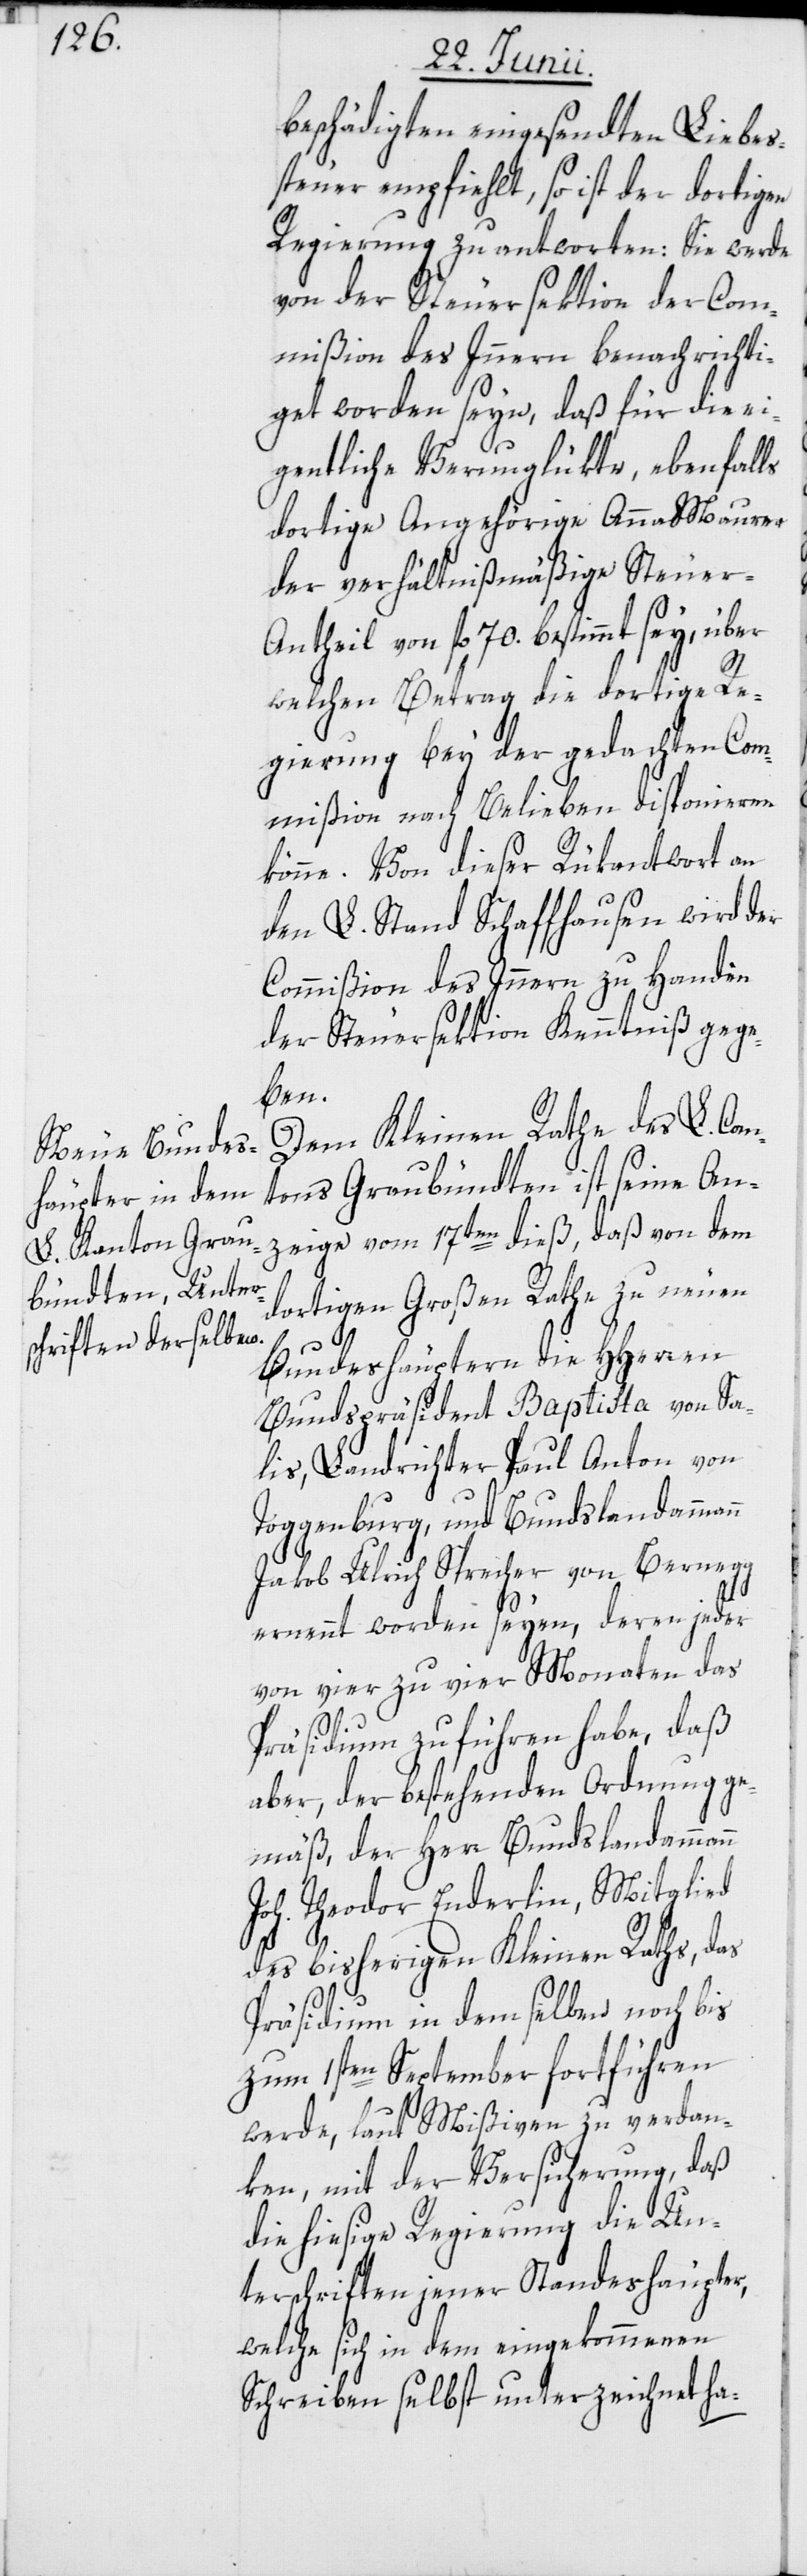
beschädigten eingesandten Liebes¬
steuer empfiehlt, so ist der dortigen
Regierung zu antworten: Sie werde
von der Steuersektion der Com¬
mißion des Innern benachrichti¬
get worden seyn, daß für die ei¬
gentliche Verunglükte, ebenfalls
dortige Angehörige Anna Maurer
der verhältnißmäßige Steuer-A¬
ntheil von fl. 70. bestimmt sey, über
welchen Betrag die dortige Re¬
gierung bey der gedachten Com¬
mißion nach Belieben disponieren
könne. Von dieser Rükantwort an
den L. Stand Schaffhausen wird der
Commißion des Innern zu Handen
der Steuersektion Kenntniß gege¬
ben.
Dem Kleinen Rathe des L. Can¬
tons Graubündten ist seine An¬
zeige vom 17ten dieß, daß von dem
dortigen Großen Rathe zu neuen
n
Bundeshäuptern die HHerren
Bundespräsident Baptista von Sa¬
lis, Landrichter Paul Anton von
Toggenburg, und Bundslandamman¬
Jakob Ulrich Sprecher von Bernegg
ernennt worden seyen, deren jeder
von vier zu vier Monaten das
Präsidium zu führen habe, daß
aber, der bestehenden Ordnung ge¬
mäß, der Herr Bundslandammann
Joh. Theodor Enderlin, Mitglied
des bisherigen Kleinen Raths, das
Präsidium in demselben noch bis
zum 1sten September fortführen
werde, laut Mißiven zu verdan¬
ken, mit der Versicherung, daß
die hiesige Regierung die Un¬
terschriften jener Standeshäupter,
welche sich in dem eingekommenen
Schreiben selbst unterzeichnet ha-